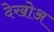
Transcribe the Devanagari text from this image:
देखोअ